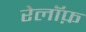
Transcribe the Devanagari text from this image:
रेलॉफ़